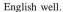
English well.